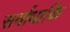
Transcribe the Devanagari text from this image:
सर्वाधाकि